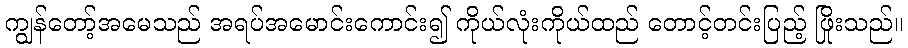
ကျွန်တော့်အမေသည် အရပ်အမောင်းကောင်း၍ ကိုယ်လုံးကိုယ်ထည် တောင့်တင်းပြည့် ဖြိုးသည်။